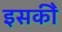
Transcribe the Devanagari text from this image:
इसकीे